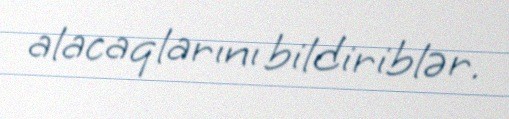
alacaqlarını bildiriblər.